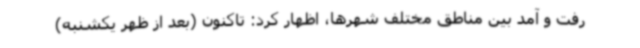
رفت و آمد بین مناطق مختلف شهرها، اظهار کرد: تاکنون (بعد از ظهر یکشنبه)